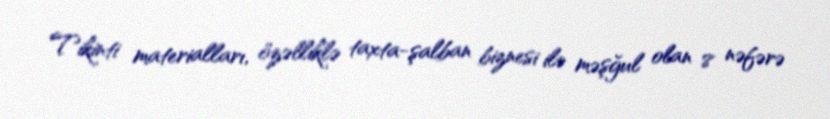
Tikinti materialları, özəlliklə taxta-şalban biznesi ilə məşğul olan 8 nəfərə